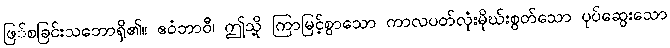
ဖြ်စခြင်းသဘောရှိ၏။ ဧဝံဘာဝီ၊ ဤသို့ ကြာမြင့်စွာသော ကာလပတ်လုံးမိုဃ်းစွတ်သော ပုပ်ဆွေးသော